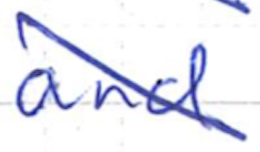
Text: and
Cross-out: diagonal
Writing tool: ballpoint